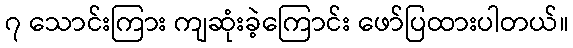
၇ သောင်းကြား ကျဆုံးခဲ့ကြောင်း ဖော်ပြထားပါတယ်။